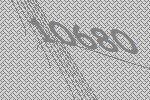
10680